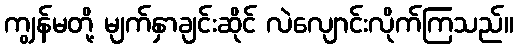
ကျွန်မတို့ မျက်နှာချင်းဆိုင် လဲလျောင်းလိုက်ကြသည်။